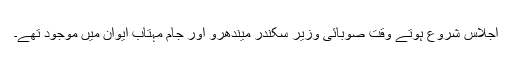
اجلاس شروع ہوتے وقت صوبائی وزیر سکندر میندھرو اور جام مہتاب ایوان میں موجود تھے۔